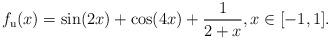
LaTeX: \begin{align*} f_{\mathrm{u}}(x) = \sin(2x) + \cos(4x) + \frac{1}{2+x}, x \in [-1, 1].\end{align*}